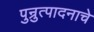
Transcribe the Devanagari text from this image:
पुन्रुत्पादनाचे